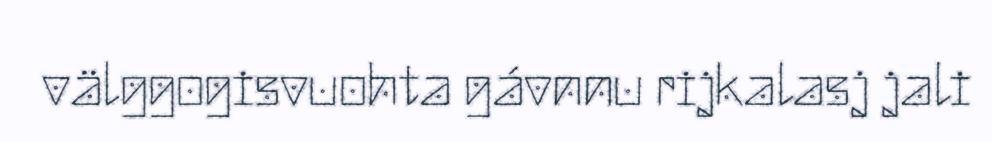
välggogisvuohta gávnnu rijkalasj jali